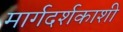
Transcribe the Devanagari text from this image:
मार्गदर्शकाशी